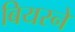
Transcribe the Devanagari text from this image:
बियरने